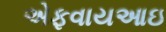
એફવાયઆઇ